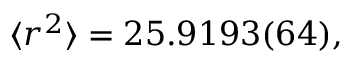
\begin{array} { r } { \langle r ^ { 2 } \rangle = 2 5 . 9 1 9 3 ( 6 4 ) , } \end{array}